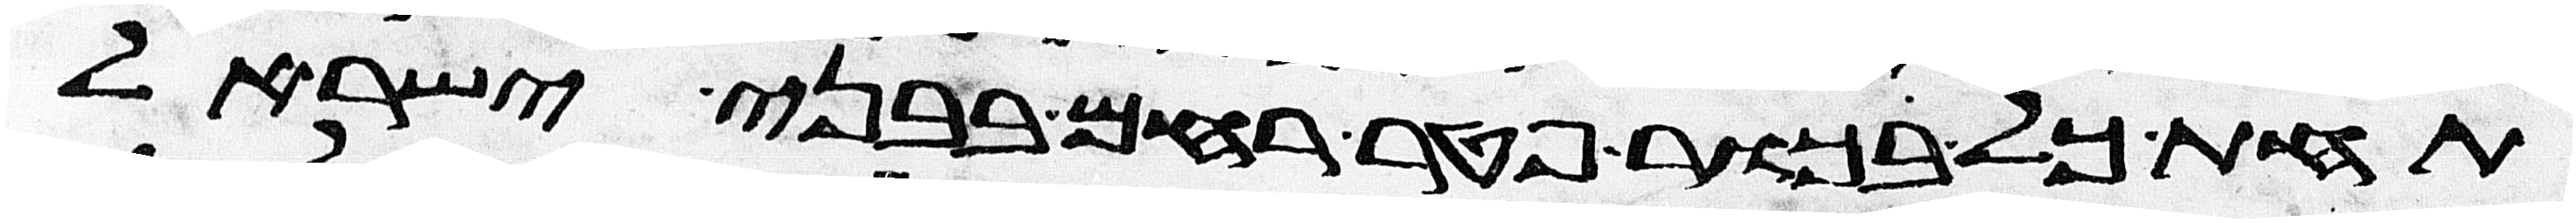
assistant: תחת כל בכור פטר רחם בבני ישראל